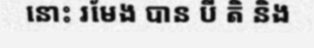
នោះ រមែង បាន បី តិ និង